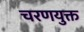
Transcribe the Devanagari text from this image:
चरणयुक्त